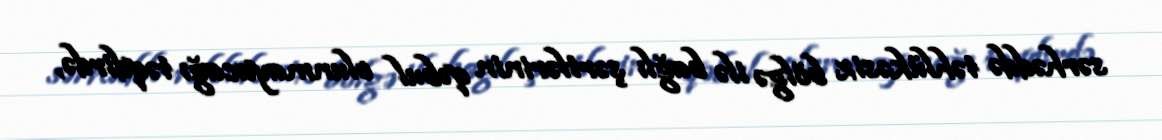
sərhəddə təhlükəsiz bölgə ilə bağlı şərtlərinin qəbul olunmayacağı təqdirdə,